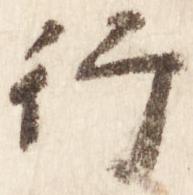
行